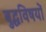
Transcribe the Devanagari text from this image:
बुद्धविषयों